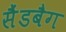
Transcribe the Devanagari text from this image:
सैंडबैग